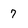
Character: 7